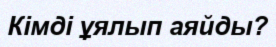
Кімді ұялып аяйды?